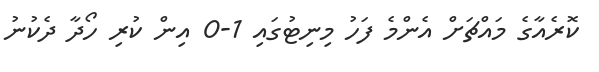
ކޮރެއާގެ މައްޗަށް އެންމެ ފަހު މިނިޓުގައި 1-0 އިން ކުރި ހޯދާ ދެކުނު